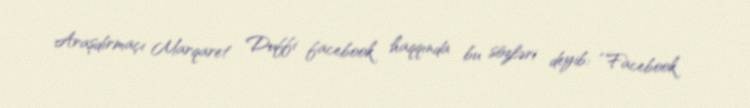
Araşdırmaçı Marqaret Duffi facebook haqqında bu sözləri deyib: “Facebook